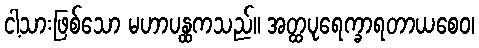
ငါ့သားဖြစ်သော မဟာပန္ထကသည်။ အတ္ထပုရေက္ခာရတာယစေဝ၊